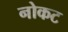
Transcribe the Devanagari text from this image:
नोकट